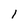
Character: l